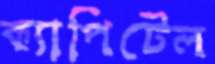
ক্যাপিটেল